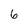
Character: 6